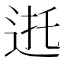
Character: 𰺸